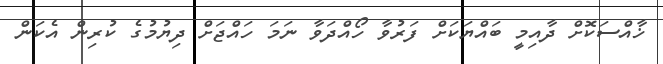
ޚާއްސަކޮށް ދާއިމީ ބައްޔަކަށް ފަރުވާ ހޯއްދަވާ ނަމަ ހައްޖަށް ދިޔުމުގެ ކުރިން އެކަން